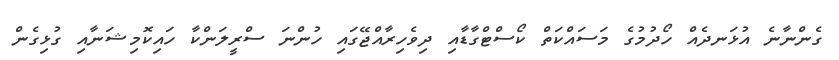
ގެންނާނެ އުޅަނދެއް ހޯދުމުގެ މަސައްކަތް ކޯސްޓްގާޑާއި ދިވެހިރާއްޖޭގައި ހުންނަ ސްރީލަންކާ ހައިކޮމިޝަނާއި ގުޅިގެން